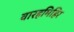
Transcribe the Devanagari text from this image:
वारहमिहिर